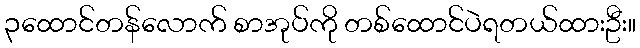
၃ထောင်တန်လောက် စာအုပ်ကို တစ်ထောင်ပဲရတယ်ထားဦး။